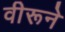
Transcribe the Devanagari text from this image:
वीरूने